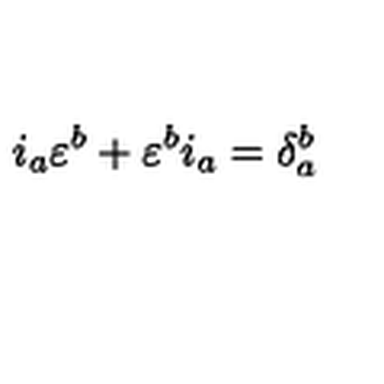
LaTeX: i _ { a } \varepsilon ^ { b } + \varepsilon ^ { b } i _ { a } = \delta _ { a } ^ { b }